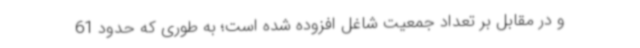
و در مقابل بر تعداد جمعیت شاغل افزوده شده است؛ به طوری که حدود 61